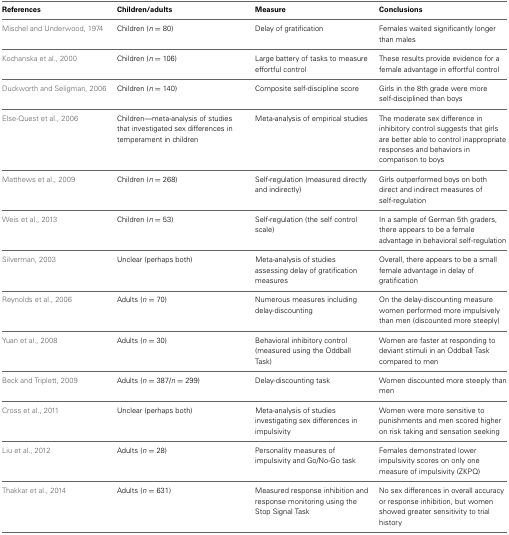
| References | Children/adults | Measure | Conclusions |
 | --- | --- | --- | --- |
 | Mischel and Underwood, 1974 | Children (n = 80) | Delay of gratification | Females waited significantly longer than males |
 | Kochanska et al., 2000 | Children (n = 106) | Large battery of tasks to measure effortful control | These results provide evidence for a female advantage in effortful control |
 | Duckworth and Seligman, 2006 | Children (n = 140) | Composite self-discipline score | Girls in the 8th grade were more self-disciplined than boys |
 | Else-Quest et al., 2006 | Children—meta-analysis of studies that investigated sex differences in temperament in children | Meta-analysis of empirical studies | The moderate sex difference in inhibitory control suggests that girls are better able to control inappropriate responses and behaviors in comparison to boys |
 | Matthews et al., 2009 | Children (n = 268) | Self-regulation (measured directly and indirectly) | Girls outperformed boys on both direct and indirect measures of self-regulation |
 | Weis et al., 2013 | Children (n = 53) | Self-regulation (the self control scale) | In a sample of German 5th graders, there appears to be a female advantage in behavioral self-regulation |
 | Silverman, 2003 | Unclear (perhaps both) | Meta-analysis of studies assessing delay of gratification measures | Overall, there appears to be a small female advantage in delay of gratification |
 | Reynolds et al., 2006 | Adults (n = 70) | Numerous measures including delay-discounting | On the delay-discounting measure women performed more impulsively than men (discounted more steeply) |
 | Yuan et al., 2008 | Adults (n = 30) | Behavioral inhibitory control (measured using the Oddball Task) | Women are faster at responding to deviant stimuli in an Oddball Task compared to men |
 | Beck and Triplett, 2009 | Adults (n = 387/n = 299) | Delay-discounting task | Women discounted more steeply than men |
 | Cross et al., 2011 | Unclear (perhaps both) | Meta-analysis of studies investigating sex differences in impulsivity | Women were more sensitive to punishments and men scored higher on risk taking and sensation seeking |
 | Liu et al., 2012 | Adults (n = 28) | Personality measures of impulsivity and Go/No-Go task | Females demonstrated lower impulsivity scores on only one measure of impulsivity (ZKPQ) |
 | Thakkar et al., 2014 | Adults (n = 631) | Measured response inhibition and response monitoring using the Stop Signal Task | No sex differences in overall accuracy or response inhibition, but women showed greater sensitivity to trial history |